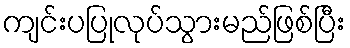
ကျင်းပပြုလုပ်သွားမည်ဖြစ်ပြီး